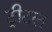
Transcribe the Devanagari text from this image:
ट्रीटल